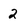
Character: 2